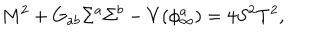
LaTeX: M ^ { 2 } + G _ { a b } \Sigma ^ { a } \Sigma ^ { b } - V ( \phi _ { \infty } ^ { a } ) = 4 S ^ { 2 } T ^ { 2 } ,